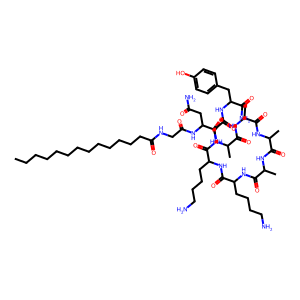
SMILES: CCCCCCCCCCCCCC(=O)NCC(=O)NC(CC(N)=O)C(=O)NC(C)C(=O)NC(C)C(=O)NC(C)C(=O)NC(C)C(=O)NC(CCCCN)C(=O)NC(CCCCN)C(=O)NCC(=O)NC(Cc1ccc(O)cc1)C(N)=O
Inhibits HIV replication: No